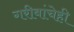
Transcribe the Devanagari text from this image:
गरीबांचेही